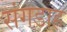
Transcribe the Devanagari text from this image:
संगडाह